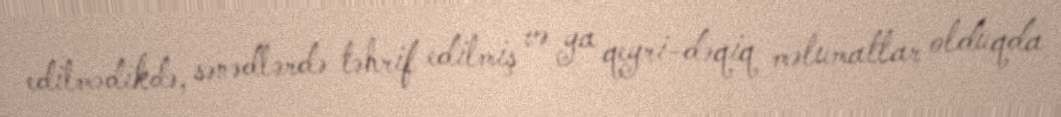
edilmədikdə, sənədlərdə təhrif edilmiş və ya qeyri-dəqiq məlumatlar olduqda